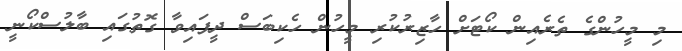
މި މީހުންގެ ތެރެއިން ކޯޓަށް ހާޒިރުކުރި މީހުން ހެކިބަސް ދީފައިވާ ގޮތުގައި ބާލުސްކޯނީ